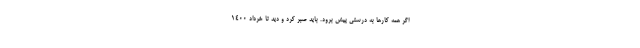
اگر همه کارها به درستی پیش برود. باید صبر کرد و دید تا خرداد 1400